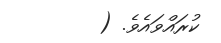
ކުރައްވައެވެ. (